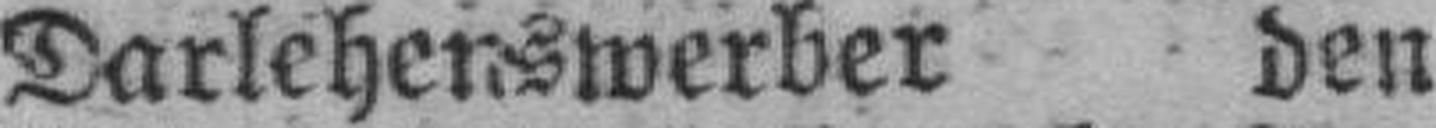
Darlehenswerber den